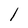
Character: 1